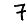
Digit: 7